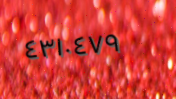
٤٣١٠٤٧٩